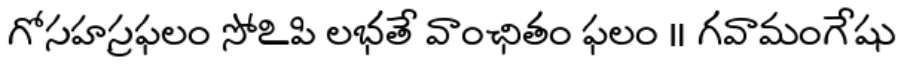
గోసహస్రఫలం సోఽపి లభతే వాంఛితం ఫలం ॥ గవామంగేషు